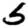
Digit: 5